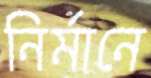
নির্মানে